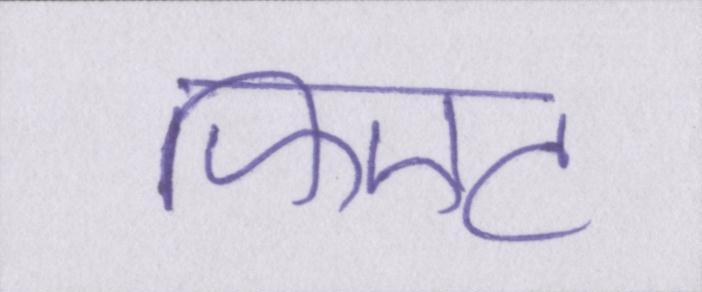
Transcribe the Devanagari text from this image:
फिएट